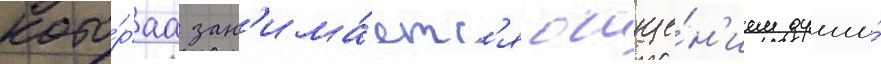
кото́раа зан'има́етс'я очище́н'ием души́